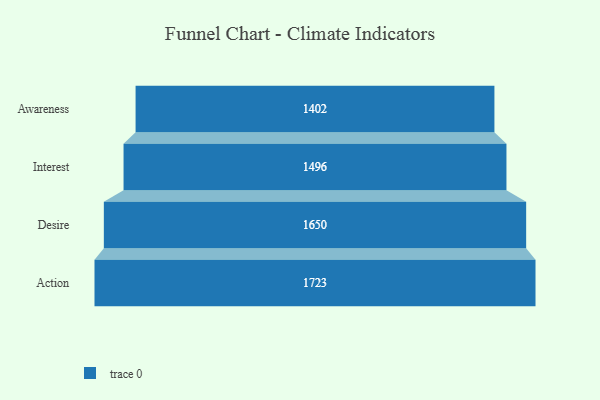
{"axis": {"x": "Stage", "y": "Value"}, "legend": [""], "data": [{"x": "Awareness", "y": 1402.0, "type": ""}, {"x": "Interest", "y": 1496.0, "type": ""}, {"x": "Desire", "y": 1650.0, "type": ""}, {"x": "Action", "y": 1723.0, "type": ""}]}